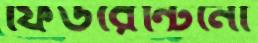
ফিউরেন্টিনো